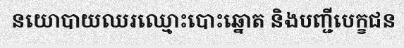
នយោបាយឈរឈ្មោះបោះឆ្នោត និងបញ្ជីបេក្ខជន